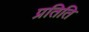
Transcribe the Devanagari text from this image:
प्रतिति